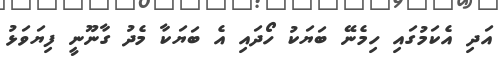
އަދި އެކަމުގައި ހިމެނޭ ބަޔަކު ހޯދައި އެ ބަޔަކާ މެދު ގާނޫނީ ފިޔަވަޅު